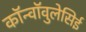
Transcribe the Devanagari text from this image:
कॉन्वॉवुलेसिई